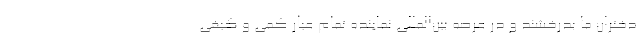
دختران ما بدرخشند و در عرصه بین‌المللی نماینده تمام عیار کمی و کیفی